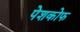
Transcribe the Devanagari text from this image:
पेशकोफ